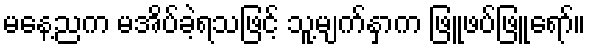
မနေ့ညက မအိပ်ခဲ့ရသဖြင့် သူ့မျက်နှာက ဖြူဖပ်ဖြူရော်။